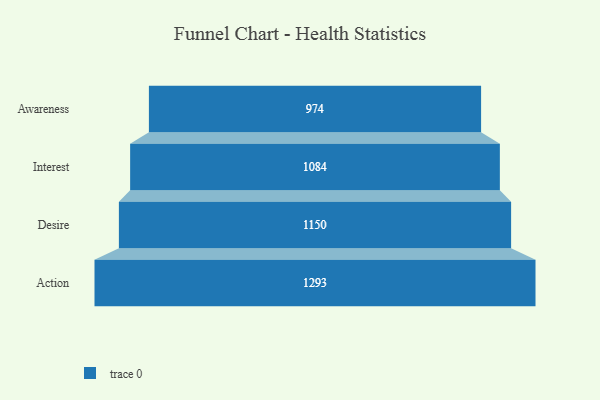
{"axis": {"x": "Stage", "y": "Value"}, "legend": [""], "data": [{"x": "Awareness", "y": 974.0, "type": ""}, {"x": "Interest", "y": 1084.0, "type": ""}, {"x": "Desire", "y": 1150.0, "type": ""}, {"x": "Action", "y": 1293.0, "type": ""}]}